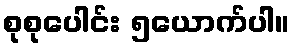
စုစုပေါင်း ၅ယောက်ပါ။